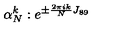
\alpha _ { N } ^ { k } : e ^ { \pm { \frac { 2 \pi i k } { N } } J _ { 8 9 } }